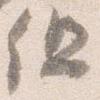
但